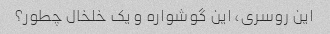
این روسری، این گوشواره و یک خلخال چطور؟